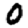
Digit: 0